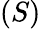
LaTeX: \left(S\right)